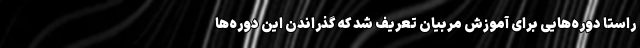
راستا دوره‌هایی برای آموزش مربیان تعریف شد که گذراندن این دوره‌ها